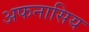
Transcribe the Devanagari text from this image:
अफनासिय